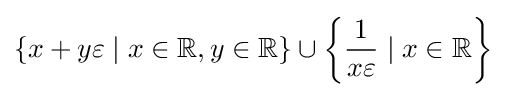
\{x+y\varepsilon \mid x\in \mathbb {R} ,y\in \mathbb {R} \}\cup \left\{{\frac {1}{x\varepsilon }}\mid x\in \mathbb {R} \right\}